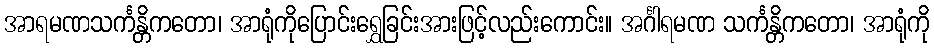
အာရမဏသင်္ကန္တိကတော၊ အာရုံကိုပြောင်းရွှေခြင်းအားဖြင့်လည်းကောင်း။ အင်္ဂါရမဏ သင်္ကန္တိကတော၊ အာရုံကို